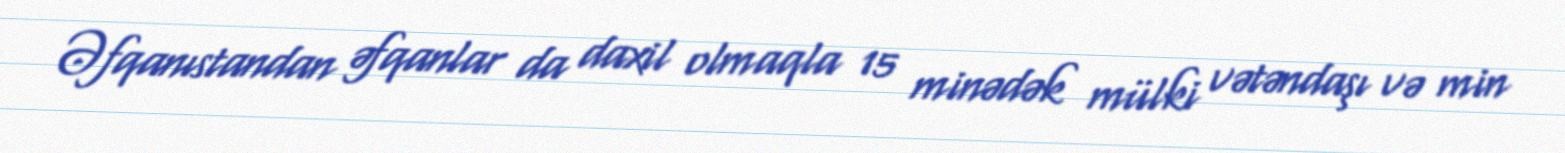
Əfqanıstandan əfqanlar da daxil olmaqla 15 minədək mülki vətəndaşı və min